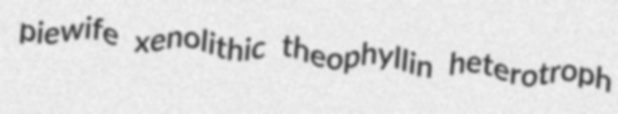
piewife xenolithic theophyllin heterotroph